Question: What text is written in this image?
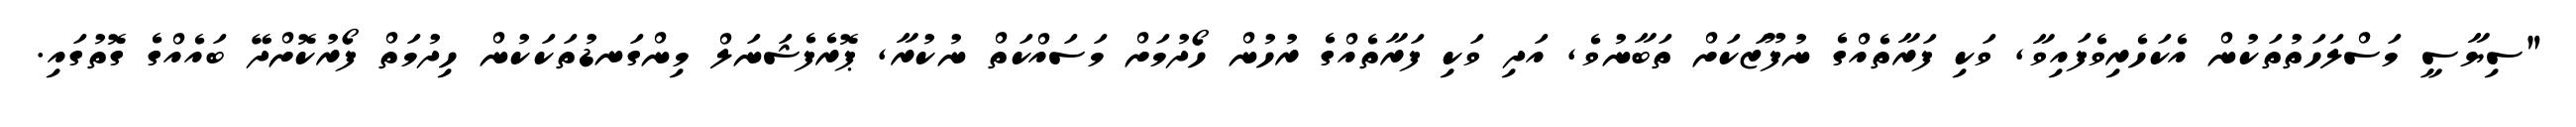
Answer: "ސިޔާސީ މަސްލަހަތުތަކުން އެކަހެރިވެފައިވާ, ވަކި ފަރާތެއްގެ ނުފޫޒަކަށް ތަބާނުވެ, އަދި ވަކި ފަރާތެއްގެ ރުހުން ހޯދުމަށް މަސައްކަތް ނުކުރާ, ޕޮރެފެޝަނަލް މިންގަނޑުތަކަކުން ހިދުމަތް ފޯރުކޮށްދޭ ބައެއްގެ ގޮތުގައި.